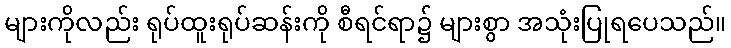
များကိုလည်း ရုပ်ထူးရုပ်ဆန်းကို စီရင်ရာ၌ များစွာ အသုံးပြုရပေသည်။